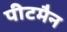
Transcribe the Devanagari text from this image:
पीटमैन